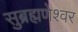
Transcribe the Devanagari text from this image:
सुब्रह्मणेश्वर